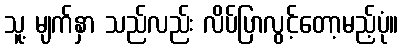
သူ့ မျက်နှာ သည်လည်း လိပ်ပြာလွင့်တော့မည့်ပုံ။